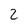
Character: 2